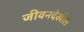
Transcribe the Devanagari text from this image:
जीवनदेखील